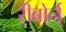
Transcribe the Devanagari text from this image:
रीबोर्न्